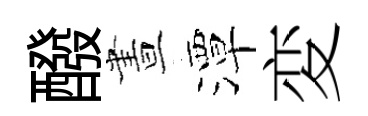
醱晝潭変